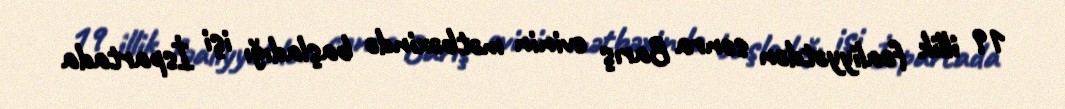
19 illik fəaliyyətdən sonra Barış evinin mətbəxində başladığı işi İspartada